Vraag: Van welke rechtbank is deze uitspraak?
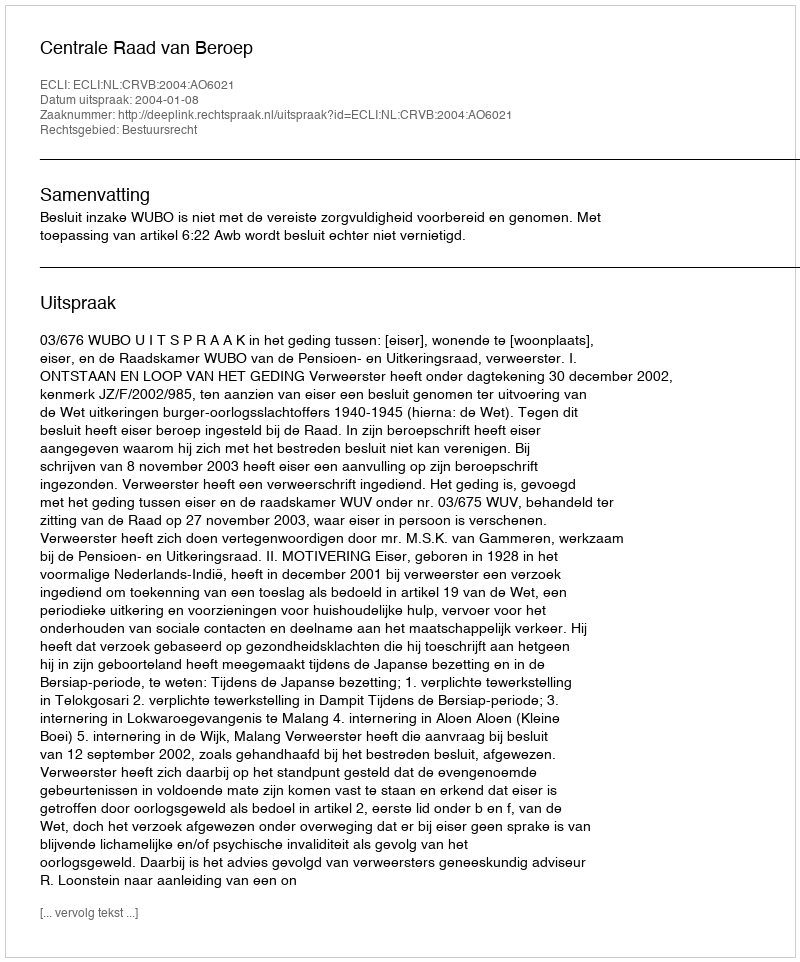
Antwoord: Centrale Raad van Beroep